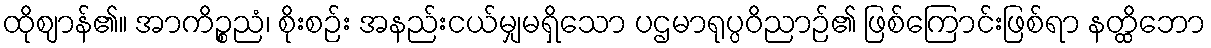
ထိုဈာန်၏။ အာကိဉ္စညံ၊ စိုးစဉ်း အနည်းငယ်မျှမရှိသော ပဌမာရုပ္ပဝိညာဉ်၏ ဖြစ်ကြောင်းဖြစ်ရာ နတ္ထိဘော